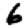
Digit: 6